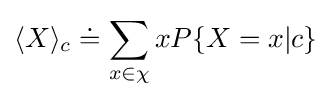
\langle X\rangle _{c}\doteq \sum _{x\in \chi }xP\{X=x|c\}